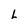
Character: L